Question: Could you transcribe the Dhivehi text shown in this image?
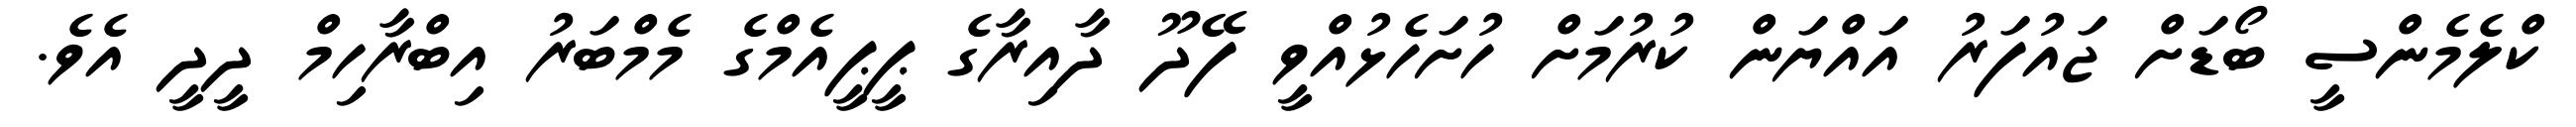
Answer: ކްލެމެންސީ ބޯޑަށް ޖައުފަރު އައްޔަން ކުރުމަށް ހުށަހެޅުއްވީ ފޭދޫ ދާއިރާގެ ޕީޕީއެމްގެ މެމްބަރު އިބްރާހިމް ދީދީ އެވެ.